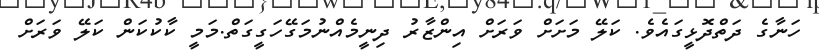
ހަނާގެ ދަތްދޮޅީގައެވެ. ކަލޭ މަށަށް ވަރަށް އިންޒާރު ދިނީމެއްނުމަގޭހަގީގަތް.މަމީ ކާކުކަން ކަލޭ ވަރަށް